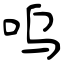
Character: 呜